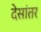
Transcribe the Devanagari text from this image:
देसांतर